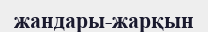
жандары-жарқын